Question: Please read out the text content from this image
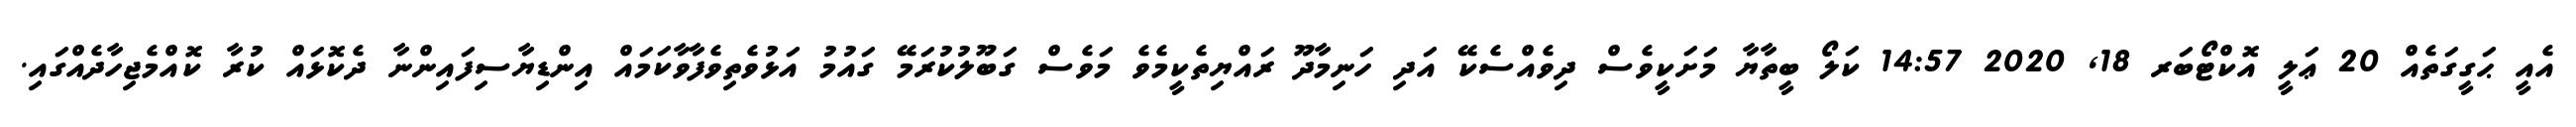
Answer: އެއީ ޙަގީގަތެއް 20 ޢަލީ އޮކްޓޯބަރ 18, 2020 14:57 ކަލޯ ބީތާޔާ މަށަކީވެސް ދިވެއްސެކޭ އަދި ހަނިމާދޫ ރައްޔިތެކީމެވެ މަވެސް ގަބޫލުކުރަމޭ ގައުމު އަޅުވެތިވެފާވާކަމައް އިންޑިޔާސިފައިންނާ ދެކޮޅައް ކުރާ ކޮއްމެޖިހާދެއްގައި.